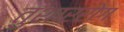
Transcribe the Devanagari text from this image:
तुशाररोग